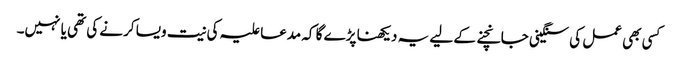
کسی بھی عمل کی سنگینی جانچنے کے لیے یہ دیکھنا پڑے گا کہ مدعا علیہ کی نیت ویسا کرنے کی تھی یا نہیں۔